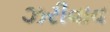
ઝરીવાવ